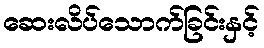
ဆေးလိပ်သောက်ခြင်းနှင့်